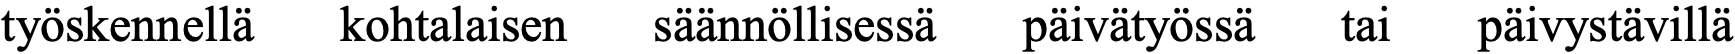
työskennellä kohtalaisen säännöllisessä päivätyössä tai päivystävillä